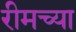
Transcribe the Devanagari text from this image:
रीमच्या